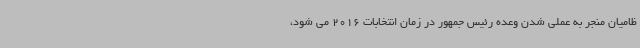
ظامیان منجر به عملی شدن وعده رئیس جمهور در زمان انتخابات 2016 می شود،